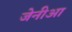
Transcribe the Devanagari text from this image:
जेनीआ